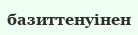
базиттенуінен